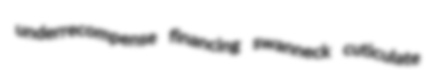
underrecompense financing swanneck cuticulate